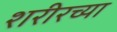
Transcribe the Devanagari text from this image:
शरीरच्या